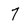
Character: 7